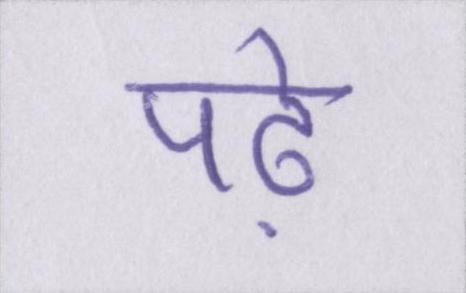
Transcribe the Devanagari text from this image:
पढ़े